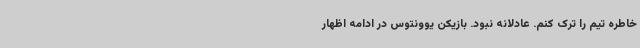
خاطره تیم را ترک کنم. عادلانه نبود. بازیکن یوونتوس در ادامه اظهار